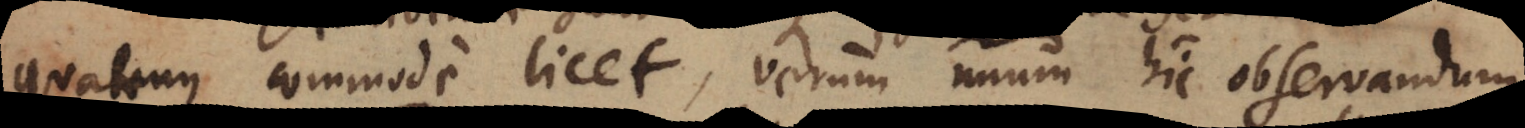
quatenus commode licet, verum unum hic observandum